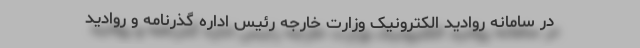
در سامانه روادید الکترونیک وزارت خارجه رئیس اداره گذرنامه و روادید